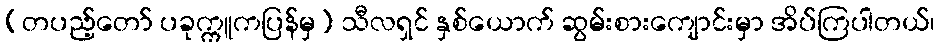
(တပည့်တော် ပခုက္ကူကပြန်မှ) သီလရှင် နှစ်ယောက် ဆွမ်းစားကျောင်းမှာ အိပ်ကြပါတယ်၊